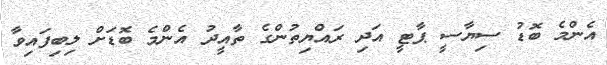
އެންމެ ބޮޑު ސިޔާސީ ޕާޓީ އަދި ރައްޔިތުންގެ ތާއީދު އެންމެ ބޮޑަށް ލިބިފައިވާ